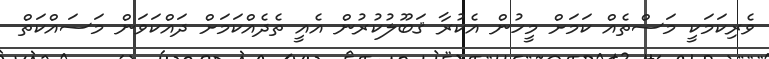
ވެރިކަމަކީ މަސްތެއް ކަމަށް މީހުން އެކުރާ ޤަބޫލުކުރުން އެއީ ތެދެއްކަމަށް ދައްކަވަން މަސައްކަތް